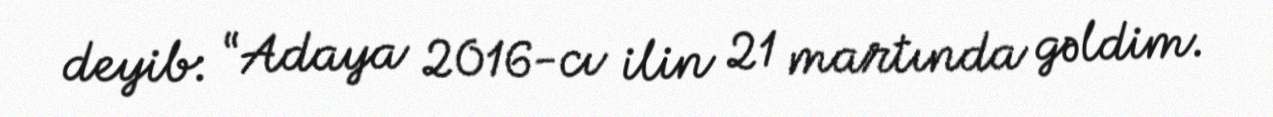
deyib: “Adaya 2016-cı ilin 21 martında gəldim.